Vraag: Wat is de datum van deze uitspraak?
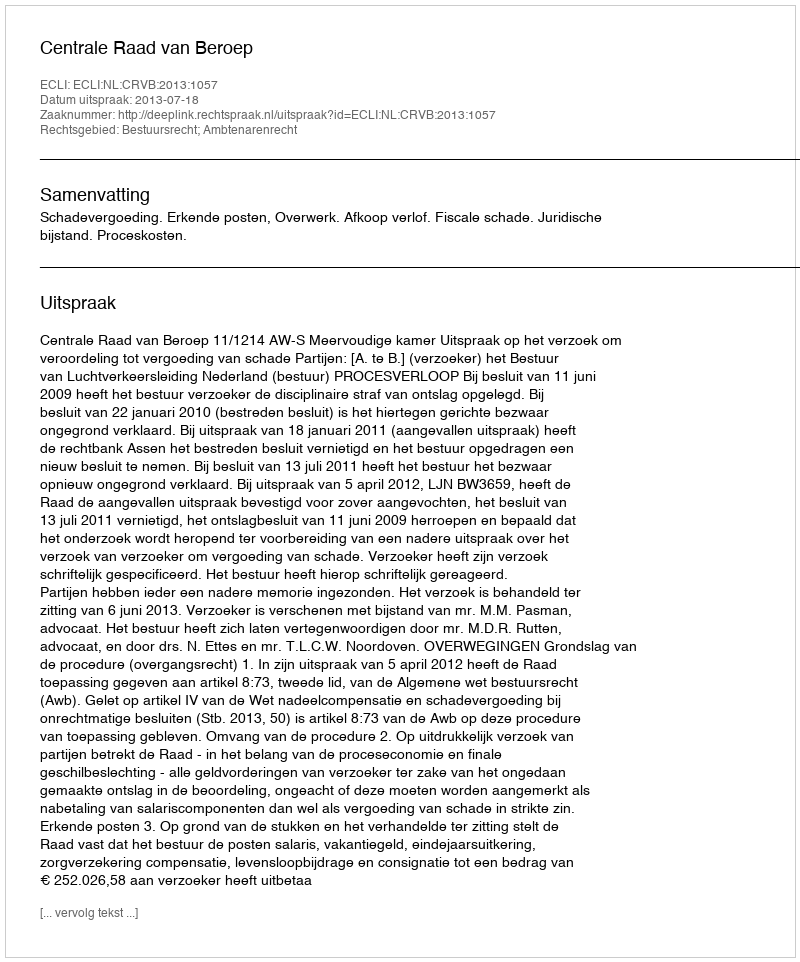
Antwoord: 2013-07-18